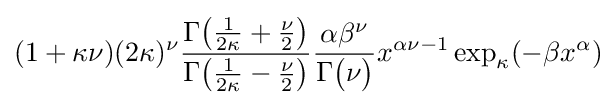
(1+\kappa \nu )(2\kappa )^{\nu }{\frac {\Gamma {\big (}{\frac {1}{2\kappa }}+{\frac {\nu }{2}}{\big )}}{\Gamma {\big (}{\frac {1}{2\kappa }}-{\frac {\nu }{2}}{\big )}}}{\frac {\alpha \beta ^{\nu }}{\Gamma {\big (}\nu {\big )}}}x^{\alpha \nu -1}\exp _{\kappa }(-\beta x^{\alpha })